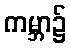
ကမ္ဘာ၌